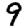
Digit: 9